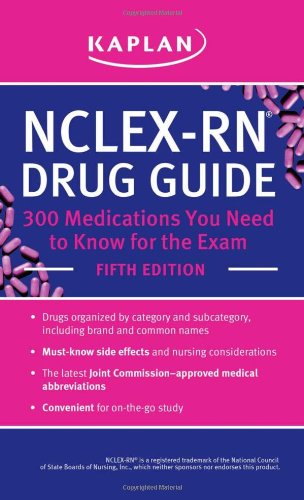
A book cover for NCLEX-RN Drug Guide: 300 Medications You Need to Know for the Exam (Kaplan Nclex Rn Medications You Need to Know for the Exam); Kaplan; Medical Books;